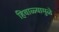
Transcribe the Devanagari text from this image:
हिवाळ्यामुळे